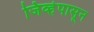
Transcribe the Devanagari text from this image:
जिव्हेपासून